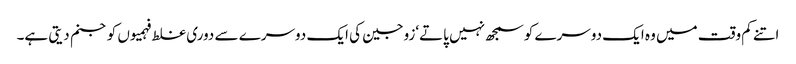
اتنے کم وقت میں وہ ایک دوسرے کوسمجھ نہیں پاتے‘زوجین کی ایک دوسرے سے دوری غلط فہمیوں کوجنم دیتی ہے۔